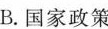
B.国家政策